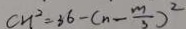
c n ^ { 2 } = 3 6 - ( n - \frac { m } { 3 } ) ^ { 2 }